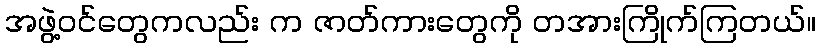
အဖွဲ့ဝင်တွေကလည်း က ဇာတ်ကားတွေကို တအားကြိုက်ကြတယ်။